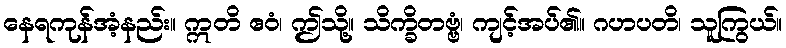
နေရကုန်အံ့နည်း။ ဣတိ ဧဝံ၊ ဤသို့။ သိက္ခိတဗ္ဗံ၊ ကျင့်အပ်၏။ ဂဟပတိ၊ သူကြွယ်။